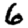
Digit: 6